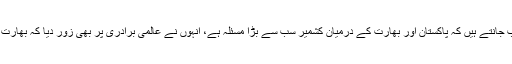
سرتاج عزیز کا کہنا تھا کہ سب جانتے ہیں کہ پاکستان اور بھارت کے درمیان کشمیر سب سے بڑا مسئلہ ہے، انہوں نے عالمی برادری پر بھی زور دیا کہ بھارت کے رویئے کا نوٹس لیا جائے۔